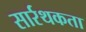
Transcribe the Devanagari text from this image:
सार्रथकता